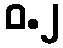
ဝ.၂